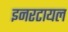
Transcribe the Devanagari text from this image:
इनरटायल